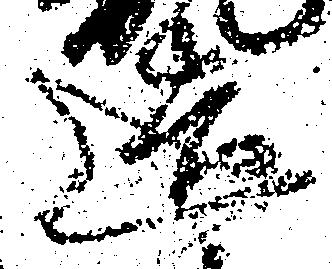
造